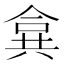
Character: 𠔤